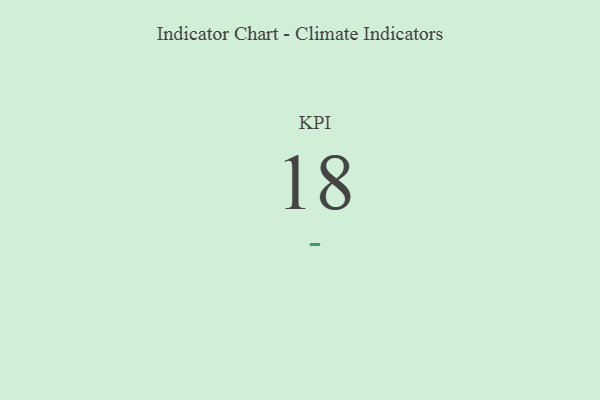
{"axis": {"x": "KPI", "y": "Value"}, "legend": [""], "data": [{"x": "KPI", "y": 18, "type": ""}]}